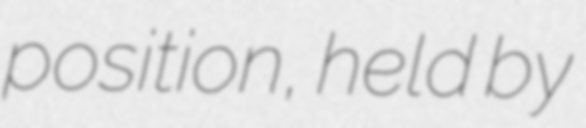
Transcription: position, held by